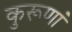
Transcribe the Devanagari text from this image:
कुरूणां